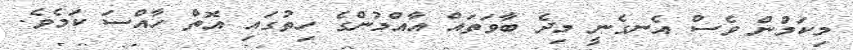
މިކަމުން ވެސް އެނގެނީ މިދެ ބާވަތައް އާއްމުންގެ ހިތުގައި އޮތް ހާއްސަ ކަމެވެ.